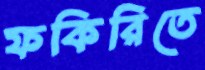
ফকিরিতে